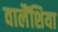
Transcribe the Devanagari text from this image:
वालैंशिया